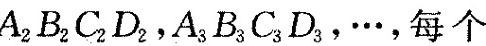
A_{2}B_{2}C_{2}D_{2}，A_{3}B_{3}C._{3}D_{3}，…，每个